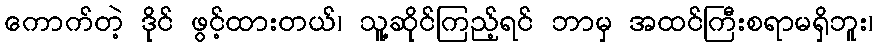
ကောက်တဲ့ ဒိုင် ဖွင့်ထားတယ်၊ သူ့ဆိုင်ကြည့်ရင် ဘာမှ အထင်ကြီးစရာမရှိဘူး၊